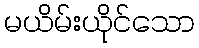
မယိမ်းယိုင်သော